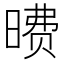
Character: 𪰶